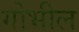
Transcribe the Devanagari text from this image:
गोभील